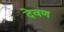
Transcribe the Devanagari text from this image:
देवण